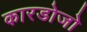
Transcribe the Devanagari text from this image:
कारडोजो